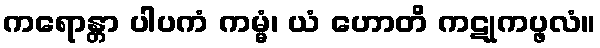
ကရောန္တာ ပါပကံ ကမ္မံ၊ ယံ ဟောတိ ကဋုကပ္ဖလံ။